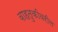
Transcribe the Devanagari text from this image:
वाहतुकीवरील